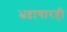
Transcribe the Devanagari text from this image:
भ्रष्टाचारही